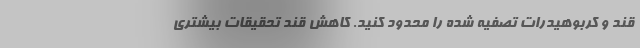
قند و کربوهیدرات تصفیه شده را محدود کنید. کاهش قند تحقیقات بیشتری